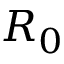
R _ { 0 }